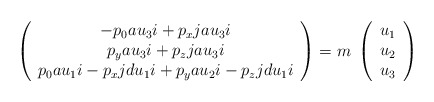
\begin{align*}\left( \begin{array}{c}-p_{0}au_{3}i+p_{x}jau_{3}i\\p_{y}au_{3}i+p_{z}jau_{3}i\\p_{0}au_{1}i-p_{x}jdu_{1}i+p_{y}au_{2}i-p_{z}jdu_{1}i\end{array} \right) = m \; \left( \begin{array}{c}u_{1}\\ u_{2}\\ u_{3} \end{array} \right)\end{align*}